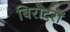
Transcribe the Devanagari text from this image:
बिरादरों